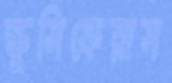
ক্রুসিফেরাস